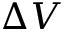
\Delta V